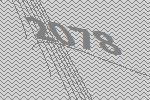
2078